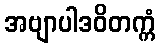
အဗျာပါဒဝိတက္ကံ